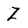
Character: Z